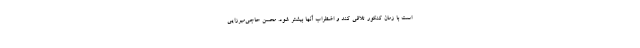
است با زمان کنکور تلاقی کند و اضطراب آنها بیشتر شود. محسن حاجی‌میرزایی